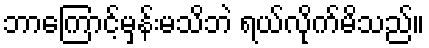
ဘာကြောင့်မှန်းမသိဘဲ ရယ်လိုက်မိသည်။